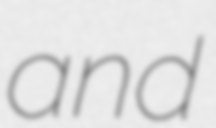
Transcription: and